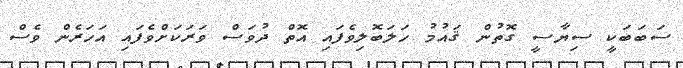
ސަބަބަކީ ސިޔާސީ ގޮތުން ޤައުމު ހަލަބޮލިވެފައި އޮތް ދުވަސް ވަރަކަށްވެފައި އަހަރެން ވެސް